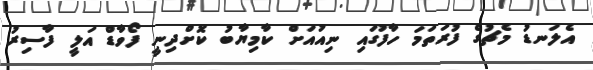
އެލަނޑު މެޗުގެ ފުރަތަމަ ހާފުގައި ނިއުއަށް ކާމިޔާބު ކޮށްދިނީ ފޯވާޑް އަލީ ފާސިރު